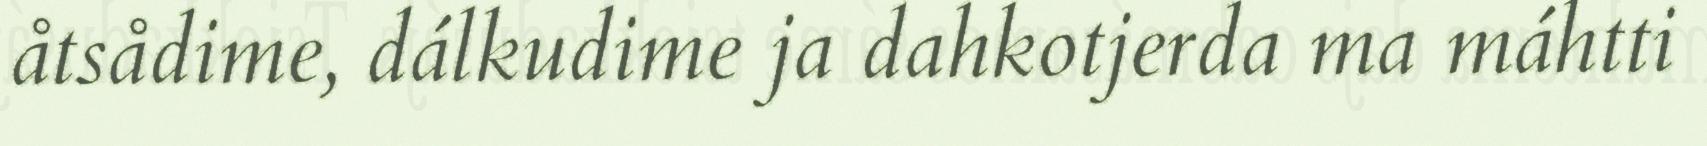
åtsådime, dálkudime ja dahkotjerda ma máhtti